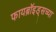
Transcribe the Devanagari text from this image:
फायब्रॉइड्सच्या